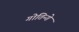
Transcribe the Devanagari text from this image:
गोतिन्गे